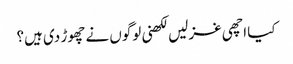
کیا اچھی غزلیں لکھنی لوگوں نے چھوڑ دی ہیں؟